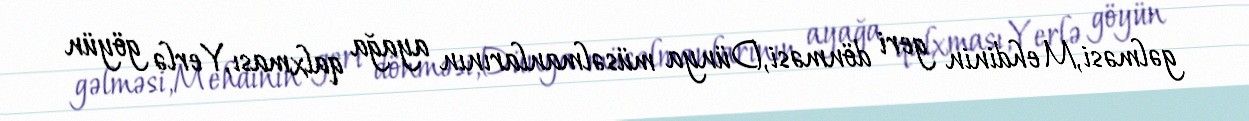
gəlməsi,Mehdinin geri dönməsi,Dünya müsəlmanlarının ayağa qalxması,Yerlə göyün